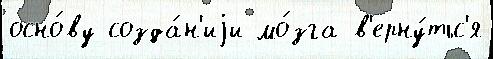
осно́ву созда́н'иjи мо́зга в'ерну́тьс'я